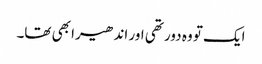
ایک تو وہ دور تھی اور اندھیرا بھی تھا۔